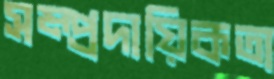
সম্প্রদায়িকতা